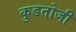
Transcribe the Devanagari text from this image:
कुडतोजी